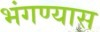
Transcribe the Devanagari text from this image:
भंगण्यास